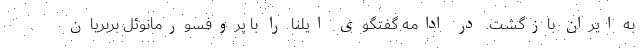
به ایران بازگشت. در ادامه گفتگوی ایلنا را با پروفسورمانوئل بِربِریان